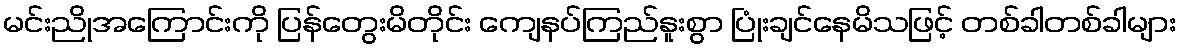
မင်းညိုအကြောင်းကို ပြန်တွေးမိတိုင်း ကျေနပ်ကြည်နူးစွာ ပြုံးချင်နေမိသဖြင့် တစ်ခါတစ်ခါများ